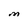
Character: M